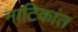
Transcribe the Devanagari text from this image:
नाटिकांत